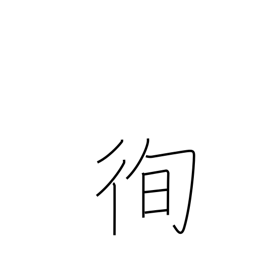
Meaning: lay down one's life